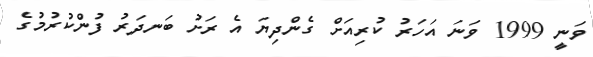
ވަނީ 1999 ވަނަ އަހަރު ކުރިއަށް ގެންދިޔަ އެ ރަށު ބަނދަރު ފުންކުރުމުގެ